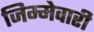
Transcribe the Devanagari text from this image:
जिम्‍मेवारी